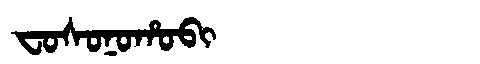
Manchu: ᠸᠣᠰᠣᠨᠣᡥᠣᠪᡳ
Romanization: FOSONOHOBI